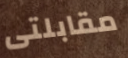
مقابلتى